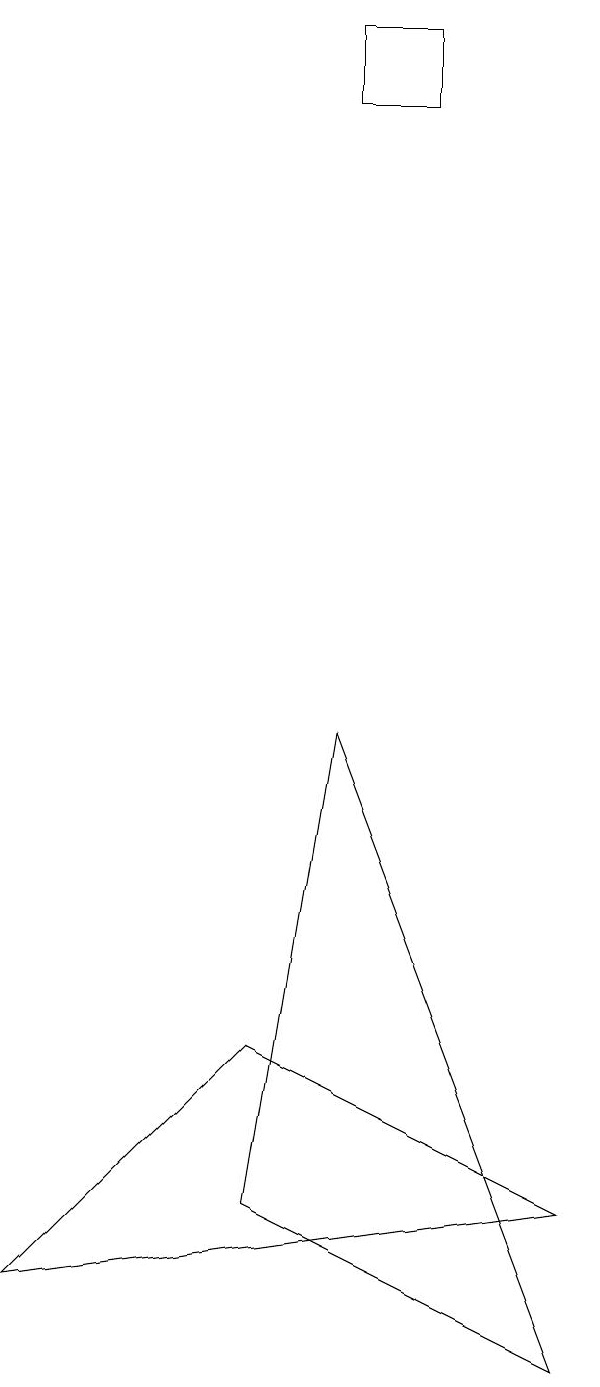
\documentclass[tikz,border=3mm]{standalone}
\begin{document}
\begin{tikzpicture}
\draw (4,18) rectangle (5,17);
\draw (3,5) -- (7,3) -- (0,2) -- cycle;
\draw (3,3) -- (4,9) -- (7,1) -- cycle;
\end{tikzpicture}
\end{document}